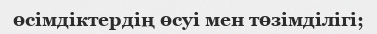
өсімдіктердің өсуі мен төзімділігі;